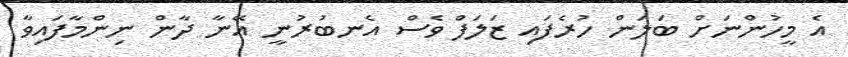
އެ މީހުންނަށް ބަލަން ހުރެފައި ޒަލަފް ވެސް އެނބުރުނީ އޭނާ ދާން ނިންމާފައިވާ